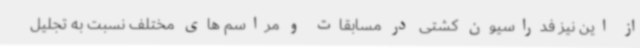
از این نیز فدراسیون کشتی در مسابقات و مراسم های مختلف نسبت به تجلیل